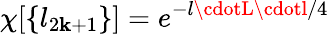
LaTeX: \chi[\{ l_{2\mathbf{k}+1}\} ]=e^{-l\cdotL\cdotl/4}